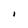
Character: I